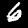
Digit: 6